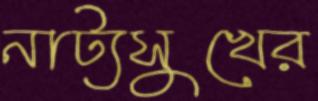
নাট্যসুখের